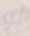
لو